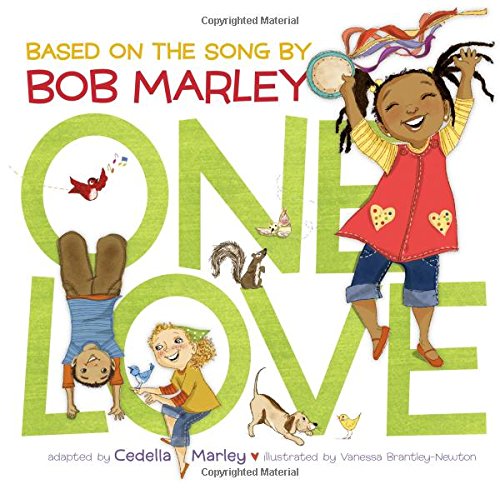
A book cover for One Love; Cedella Marley; Children's Books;